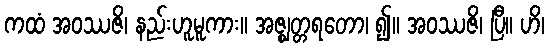
ကထံ အဝဿဇိ၊ နည်းဟူမူကား။ အဇ္ဈတ္တရတော၊ ၍။ အဝဿဇိ၊ ပြီ။ ဟိ၊